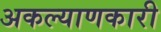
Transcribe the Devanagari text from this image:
अकल्याणकारी